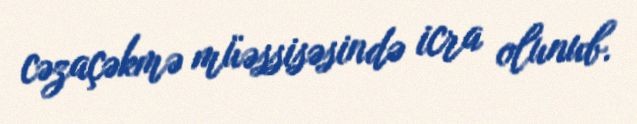
cəzaçəkmə müəssisəsində icra olunub.